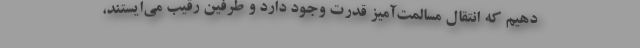
دهیم که انتقال مسالمت‌آمیز قدرت وجود دارد و طرفین رقیب می‌ایستند،